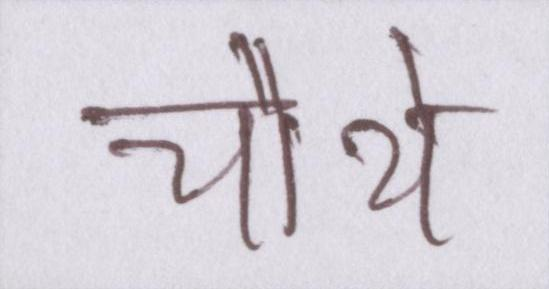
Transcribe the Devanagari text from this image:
चौथे